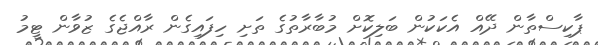
ޕާކިސްތާން ދޭއް އެކަކުން ބަލިކޮށް މުބާރާތުގެ ތަށި ހިފައިގެން ރާއްޖެގެ ޒުވާން ޓީމު